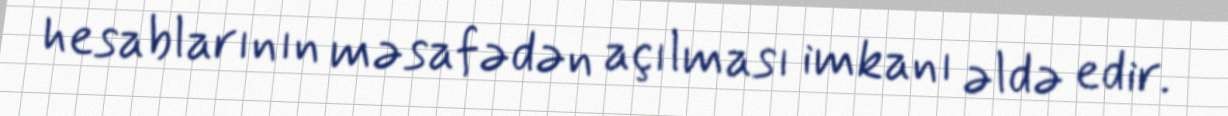
hesablarının məsafədən açılması imkanı əldə edir.